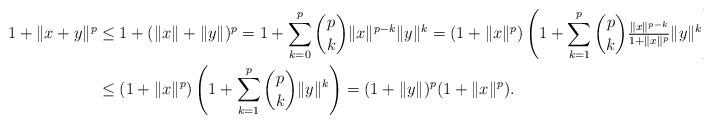
LaTeX: \begin{align*} 1+\|x+y\|^p&\le 1+(\|x\|+\|y\|)^p =1+\sum_{k=0}^p\binom{p}{k}\|x\|^{p-k}\|y\|^k =(1+\|x\|^p)\left(1+\sum_{k=1}^p\binom{p}{k}\tfrac{\|x\|^{p-k}}{1+\|x\|^p}\|y\|^k \right)\\ &\leq (1+\|x\|^p)\left(1+\sum_{k=1}^p\binom{p}{k}\|y\|^k \right) =(1+\|y\|)^p(1+\|x\|^p). \end{align*}